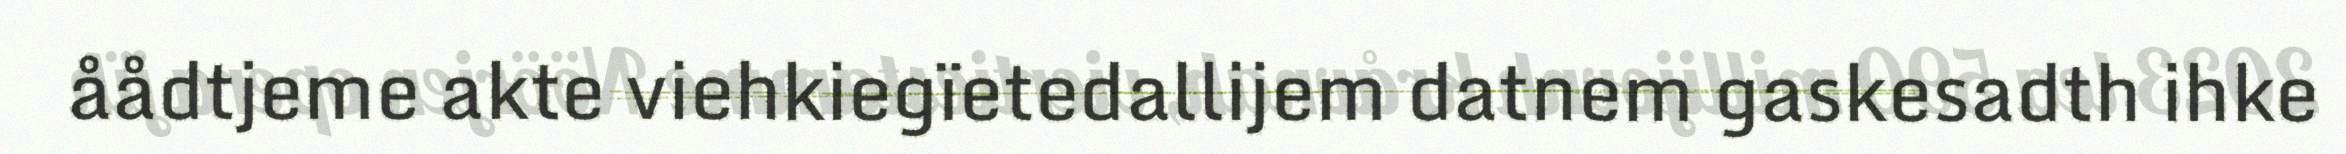
åådtjeme akte viehkiegïetedallijem datnem gaskesadth ihke